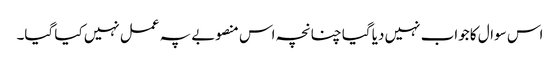
اس سوال کا جواب نہیں دیا گیا چنانچہ اس منصوبے پہ عمل نہیں کیا گیا۔